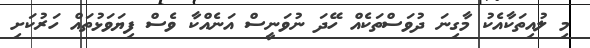
މި ލުއިތަކާއެކު މާގިނަ ދުވަސްތަކެއް ހޭދަ ނުވަނީސް އަނެއްކާ ވެސް ފިޔަވަޅުތައް ހަރުކަށި